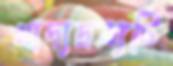
খাদ্যদ্রব্যটি